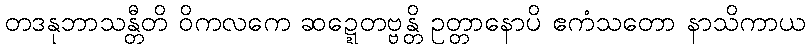
တဒနုဘာသန္တီတိ ဝိကလကေ ဆဍ္ဍေတဗ္ဗန္တိ ဥတ္တာနောပိ ဧကံသတော နာသိကာယ